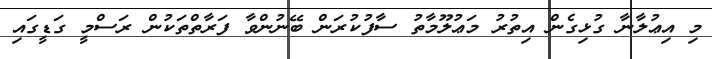
މި އިޢުލާނާ ގުޅިގެން އިތުރު މަޢުލޫމާތު ސާފުކުރަން ބޭނުންވާ ފަރާތްތަކުން ރަސްމީ ގަޑީގައި